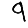
Digit: 9